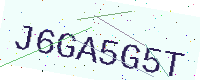
Text: J6GA5G5T